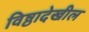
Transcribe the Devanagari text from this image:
विष्ठादेखील